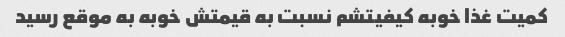
کمیت غذا خوبه کیفیتشم نسبت به قیمتش خوبه به موقع رسید